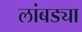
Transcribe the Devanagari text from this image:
लांबड्या